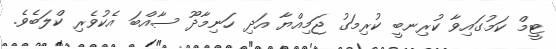
ޓީމް ކަމުގައިވާ ކުރިނބީ ކުރިމަގު ޖަމިއްޔާ އަދި ހަނިމާދޫ ސާއްބަ އެކުވެރި ކްލަބެވެ.